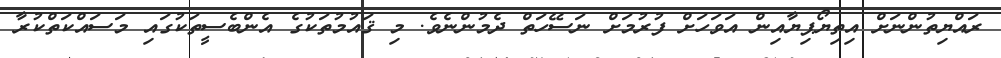
ރައްޔިތުންނަށް އިތިޔޯޕިޔާއިން އަވަހަށް ފުރުމަށް ނަސޭހަތް ދެމުންނެވެ. މި ޤައުމުތަކުގެ އެންބެސީތަކުގައި މަސައްކަތްކުރާ